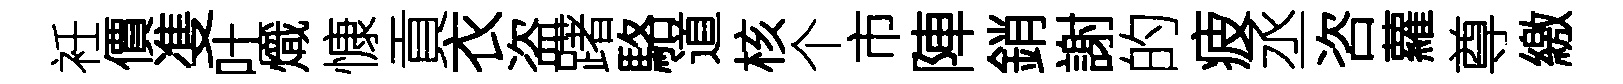
衽價㕠吐熾慷貢衣盗躇駱道核个市陣銷謝的疲丞咨蘿尊繳